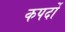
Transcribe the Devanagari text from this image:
कपर्दों